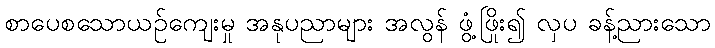
စာပေစသောယဉ်ကျေးမှု အနုပညာများ အလွန် ဖွံ့ဖြိုး၍ လှပ ခန့်ညားသော